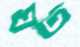
ঘট